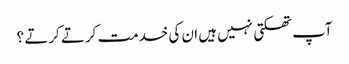
آپ تھکتی نہیں ہیں ان کی خدمت کرتے کرتے ؟